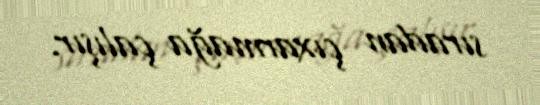
sıradan çıxarmağa çalışır.